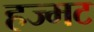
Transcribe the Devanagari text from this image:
हज्मट